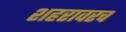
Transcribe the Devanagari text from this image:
शहरावरच